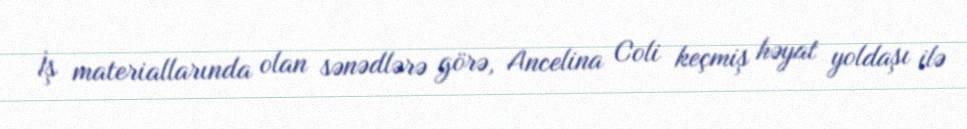
İş materiallarında olan sənədlərə görə, Ancelina Coli keçmiş həyat yoldaşı ilə